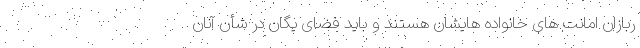
ربازان امانت های خانواده هایشان هستند و باید فضای یگان در شأن آنان